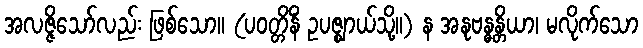
အလဇ္ဇိသော်လည်း ဖြစ်သော။ (ပဝတ္တိနိံ ဥပဇ္ဈာယ်သို့။) န အနုဗန္ဓန္တိယာ၊ မလိုက်သော